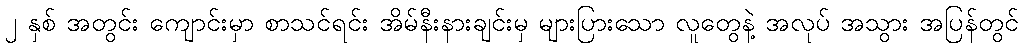
၂ နှစ် အတွင်း ကျောင်းမှာ စာသင်ရင်း အိမ်နီးနားချင်းမှ များပြားသော လူတွေနဲ့ အလုပ် အသွား အပြန်တွင်